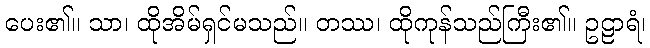
ပေး၏။ သာ၊ ထိုအိမ်ရှင်မသည်။ တဿ၊ ထိုကုန်သည်ကြီး၏။ ဥဠာရံ၊